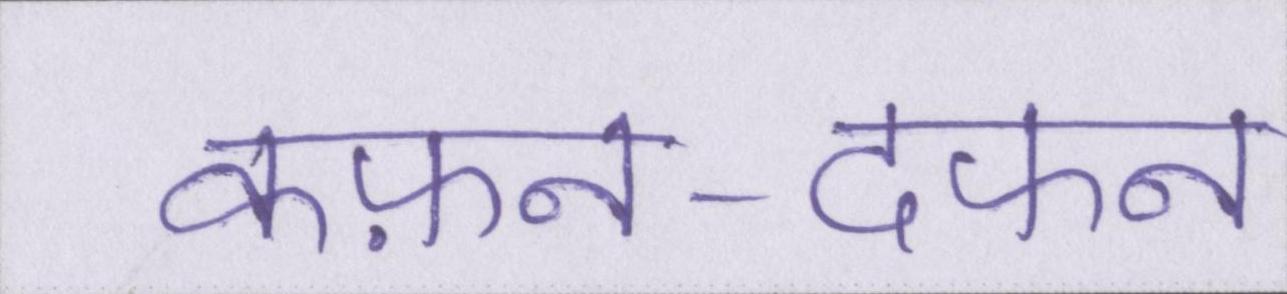
कफ़न-दफन